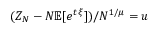
( Z _ { N } - N \mathbb { E } [ e ^ { t \xi } ] ) / N ^ { 1 / \mu } = u